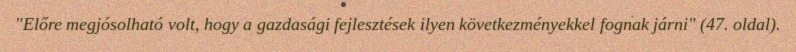
"Előre megjósolható volt, hogy a gazdasági fejlesztések ilyen következményekkel fognak járni" (47. oldal).